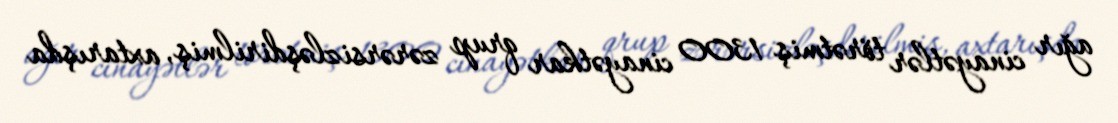
ağır cinayətlər törətmiş 1300 cinayətkar qrup zərərsizləşdirilmiş, axtarışda